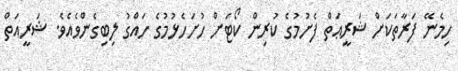
ހިމެނޭ ފަރާތަކަށް ޝަރީޢަތް ފެށުމުގެ ކުރިން ކޯޓަށް ހުށަހެޅުމުގެ ހައްގު ލިބިގެންވެއެވެ. ޝަރީއަތް